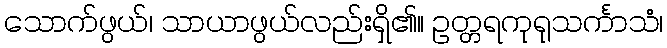
သောက်ဖွယ်၊ သာယာဖွယ်လည်းရှိ၏။ ဥတ္တရကုရုသင်္ကာသံ၊